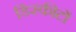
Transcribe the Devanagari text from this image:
डिस्कीटों